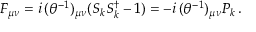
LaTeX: F _ { \mu \nu } = i \, ( \theta ^ { - 1 } ) _ { \mu \nu } ( S _ { k } S _ { k } ^ { \dagger } - 1 ) = - i \, ( \theta ^ { - 1 } ) _ { \mu \nu } P _ { k } \, .